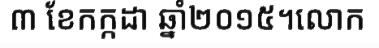
៣ ខែកក្កដា ឆ្នាំ២០១៥។លោក